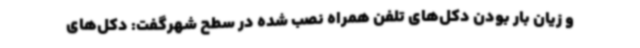
و زیان بار بودن دکل‌های تلفن همراه نصب شده در سطح شهرگفت: دکل‌های